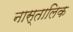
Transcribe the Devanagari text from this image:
नास्तालिक